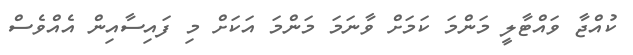
ކުއްޖާ ވައްޓާލީ މަންމަ ކަމަށް ވާނަމަ މަންމަ އަކަށް މި ފައިސާއިން އެއްވެސް